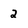
Character: 2